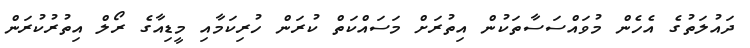
ދައުލަތުގެ އެހެން މުވައްސަސާތަކުން އިތުރަށް މަސައްކަތް ކުރަން ހުރިކަމާއި މީޑިއާގެ ރޯލް އިތުރުކުރަން